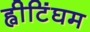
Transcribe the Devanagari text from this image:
ह्वीटिंघम